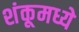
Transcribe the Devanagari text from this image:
शंकूमध्ये